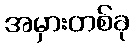
အမှားတစ်ခု